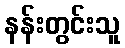
နန်းတွင်းသူ